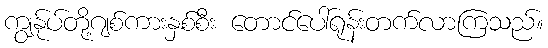
ကျွန်ုပ်တို့ဂျစ်ကားနှစ်စီး တောင်ပေါ်ရုန်းတက်လာကြသည်။